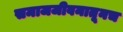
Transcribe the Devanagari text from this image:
समाजजीवनातूनच